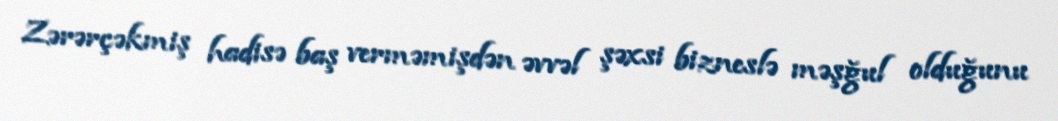
Zərərçəkmiş hadisə baş verməmişdən əvvəl şəxsi bizneslə məşğul olduğunu